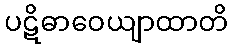
ပဋိဓာဝေယျာထာတိ